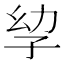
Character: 孧